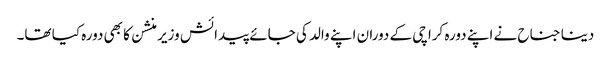
دینا جناح نے اپنے دورہ کراچی کے دوران اپنے والد کی جائے پیدائش وزیر منشن کا بھی دورہ کیا تھا۔